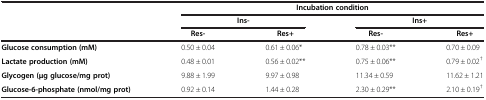
<table><thead><tr><td rowspan="3"><b> </b></td><td colspan="4"><b>Incubation condition</b></td></tr><tr><td colspan="2"><b>Ins-</b></td><td colspan="2"><b>Ins+</b></td></tr><tr><td><b>Res-</b></td><td><b>Res+</b></td><td><b>Res-</b></td><td><b>Res+</b></td></tr></thead><tbody><tr><td><b>Glucose consumption (mM)</b></td><td>0.50 ± 0.04</td><td>0.61 ± 0.06*</td><td>0.78 ± 0.03**</td><td>0.70 ± 0.09</td></tr><tr><td><b>Lactate production (mM)</b></td><td>0.48 ± 0.01</td><td>0.56 ± 0.02**</td><td>0.75 ± 0.06**</td><td>0.79 ± 0.02<sup>†</sup></td></tr><tr><td><b>Glycogen (μg glucose/mg prot)</b></td><td>9.88 ± 1.99</td><td>9.97 ± 0.98</td><td>11.34 ± 0.59</td><td>11.62 ± 1.21</td></tr><tr><td><b>Glucose-6-phosphate (nmol/mg prot)</b></td><td>0.92 ± 0.14</td><td>1.44 ± 0.28</td><td>2.30 ± 0.29**</td><td>2.10 ± 0.19<sup>†</sup></td></tr></tbody></table>